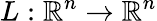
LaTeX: L:\mathbb{R}^{n}\to\mathbb{R}^{n}